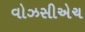
વોઝસીએચ